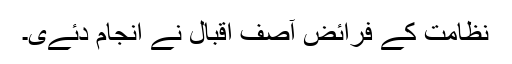
نظامت کے فرائض آصف اقبال نے انجام دئےی۔